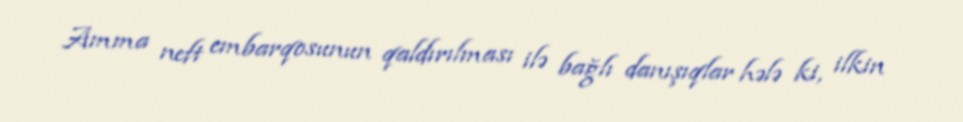
Amma neft embarqosunun qaldırılması ilə bağlı danışıqlar hələ ki, ilkin